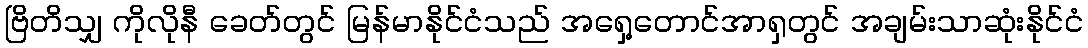
ဗြိတိသျှ ကိုလိုနီ ခေတ်တွင် မြန်မာနိုင်ငံသည် အရှေ့တောင်အာရှတွင် အချမ်းသာဆုံးနိုင်ငံ